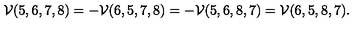
\mathcal V ( 5 , 6 , 7 , 8 ) = - \mathcal V ( 6 , 5 , 7 , 8 ) = - \mathcal V ( 5 , 6 , 8 , 7 ) = \mathcal V ( 6 , 5 , 8 , 7 ) .